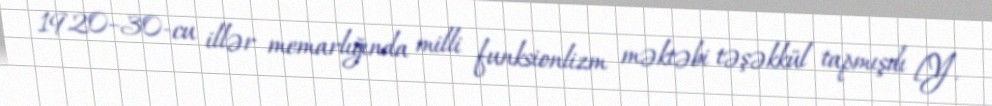
1920–30-cu illər memarlığında milli funksionlizm məktəbi təşəkkül tapmışdı [Y.